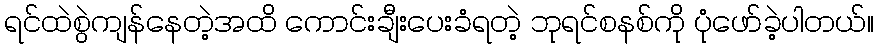
ရင်ထဲစွဲကျန်နေတဲ့အထိ ကောင်းချီးပေးခံရတဲ့ ဘုရင်စနစ်ကို ပုံဖော်ခဲ့ပါတယ်။